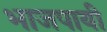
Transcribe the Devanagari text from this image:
भाजपायी